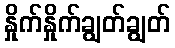
နှိုက်နှိုက်ချွတ်ချွတ်